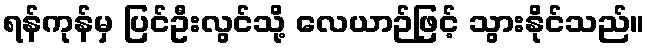
ရန်ကုန်မှ ပြင်ဦးလွင်သို့ လေယာဉ်ဖြင့် သွားနိုင်သည်။